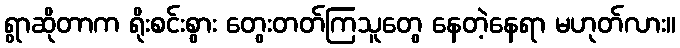
ရွာဆိုတာက ရိုးစင်းစွား တွေးတတ်ကြသူတွေ နေတဲ့နေရာ မဟုတ်လား။